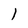
Character: l